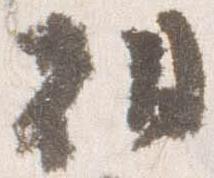
朝